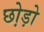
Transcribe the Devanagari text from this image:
छो़ड़ो